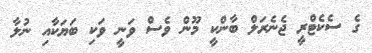
ގެ ސެކެޓްރީ ޖެނެރަލް ބާންކީ މޫން ވެސް ވަނީ ވަކި ބަޔަކާއި ނުލާ